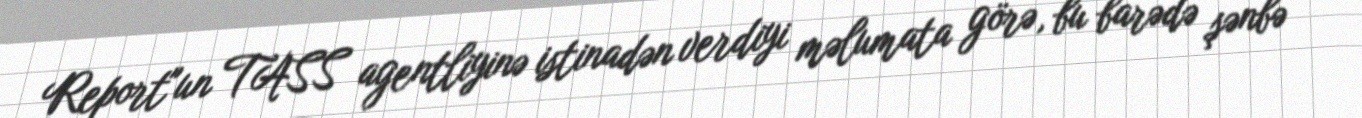
Report"un TASS agentliyinə istinadən verdiyi məlumata görə, bu barədə şənbə